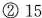
②15